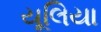
યૂલિયા